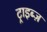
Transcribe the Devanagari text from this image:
ट्राइब्ज़